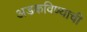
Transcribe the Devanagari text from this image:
अडकविण्याची